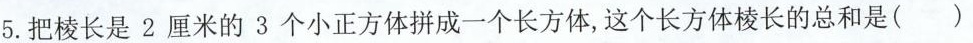
5.把棱长是2厘米的3个小正方体拼成一个长方体，这个长方体棱长的总和是（）